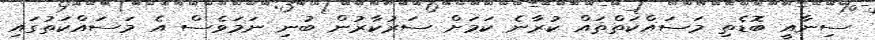
ސިނާއީ ބޮޑެތި މަސައްކަތްތައް ކުރާނެ ކަމަށް ސަރުކާރުން ބުނި ނަމަވެސް އެ މަސައްކަތުގައި